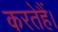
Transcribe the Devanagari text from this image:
करतेहैं।